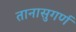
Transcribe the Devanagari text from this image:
तानासुगर्ण